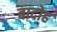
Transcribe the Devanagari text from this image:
बादोह